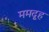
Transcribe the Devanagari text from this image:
ममदूह